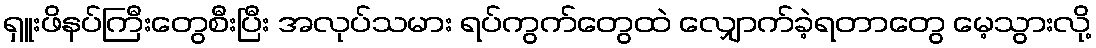
ရှူးဖိနပ်ကြီးတွေစီးပြီး အလုပ်သမား ရပ်ကွက်တွေထဲ လျှောက်ခဲ့ရတာတွေ မေ့သွားလို့